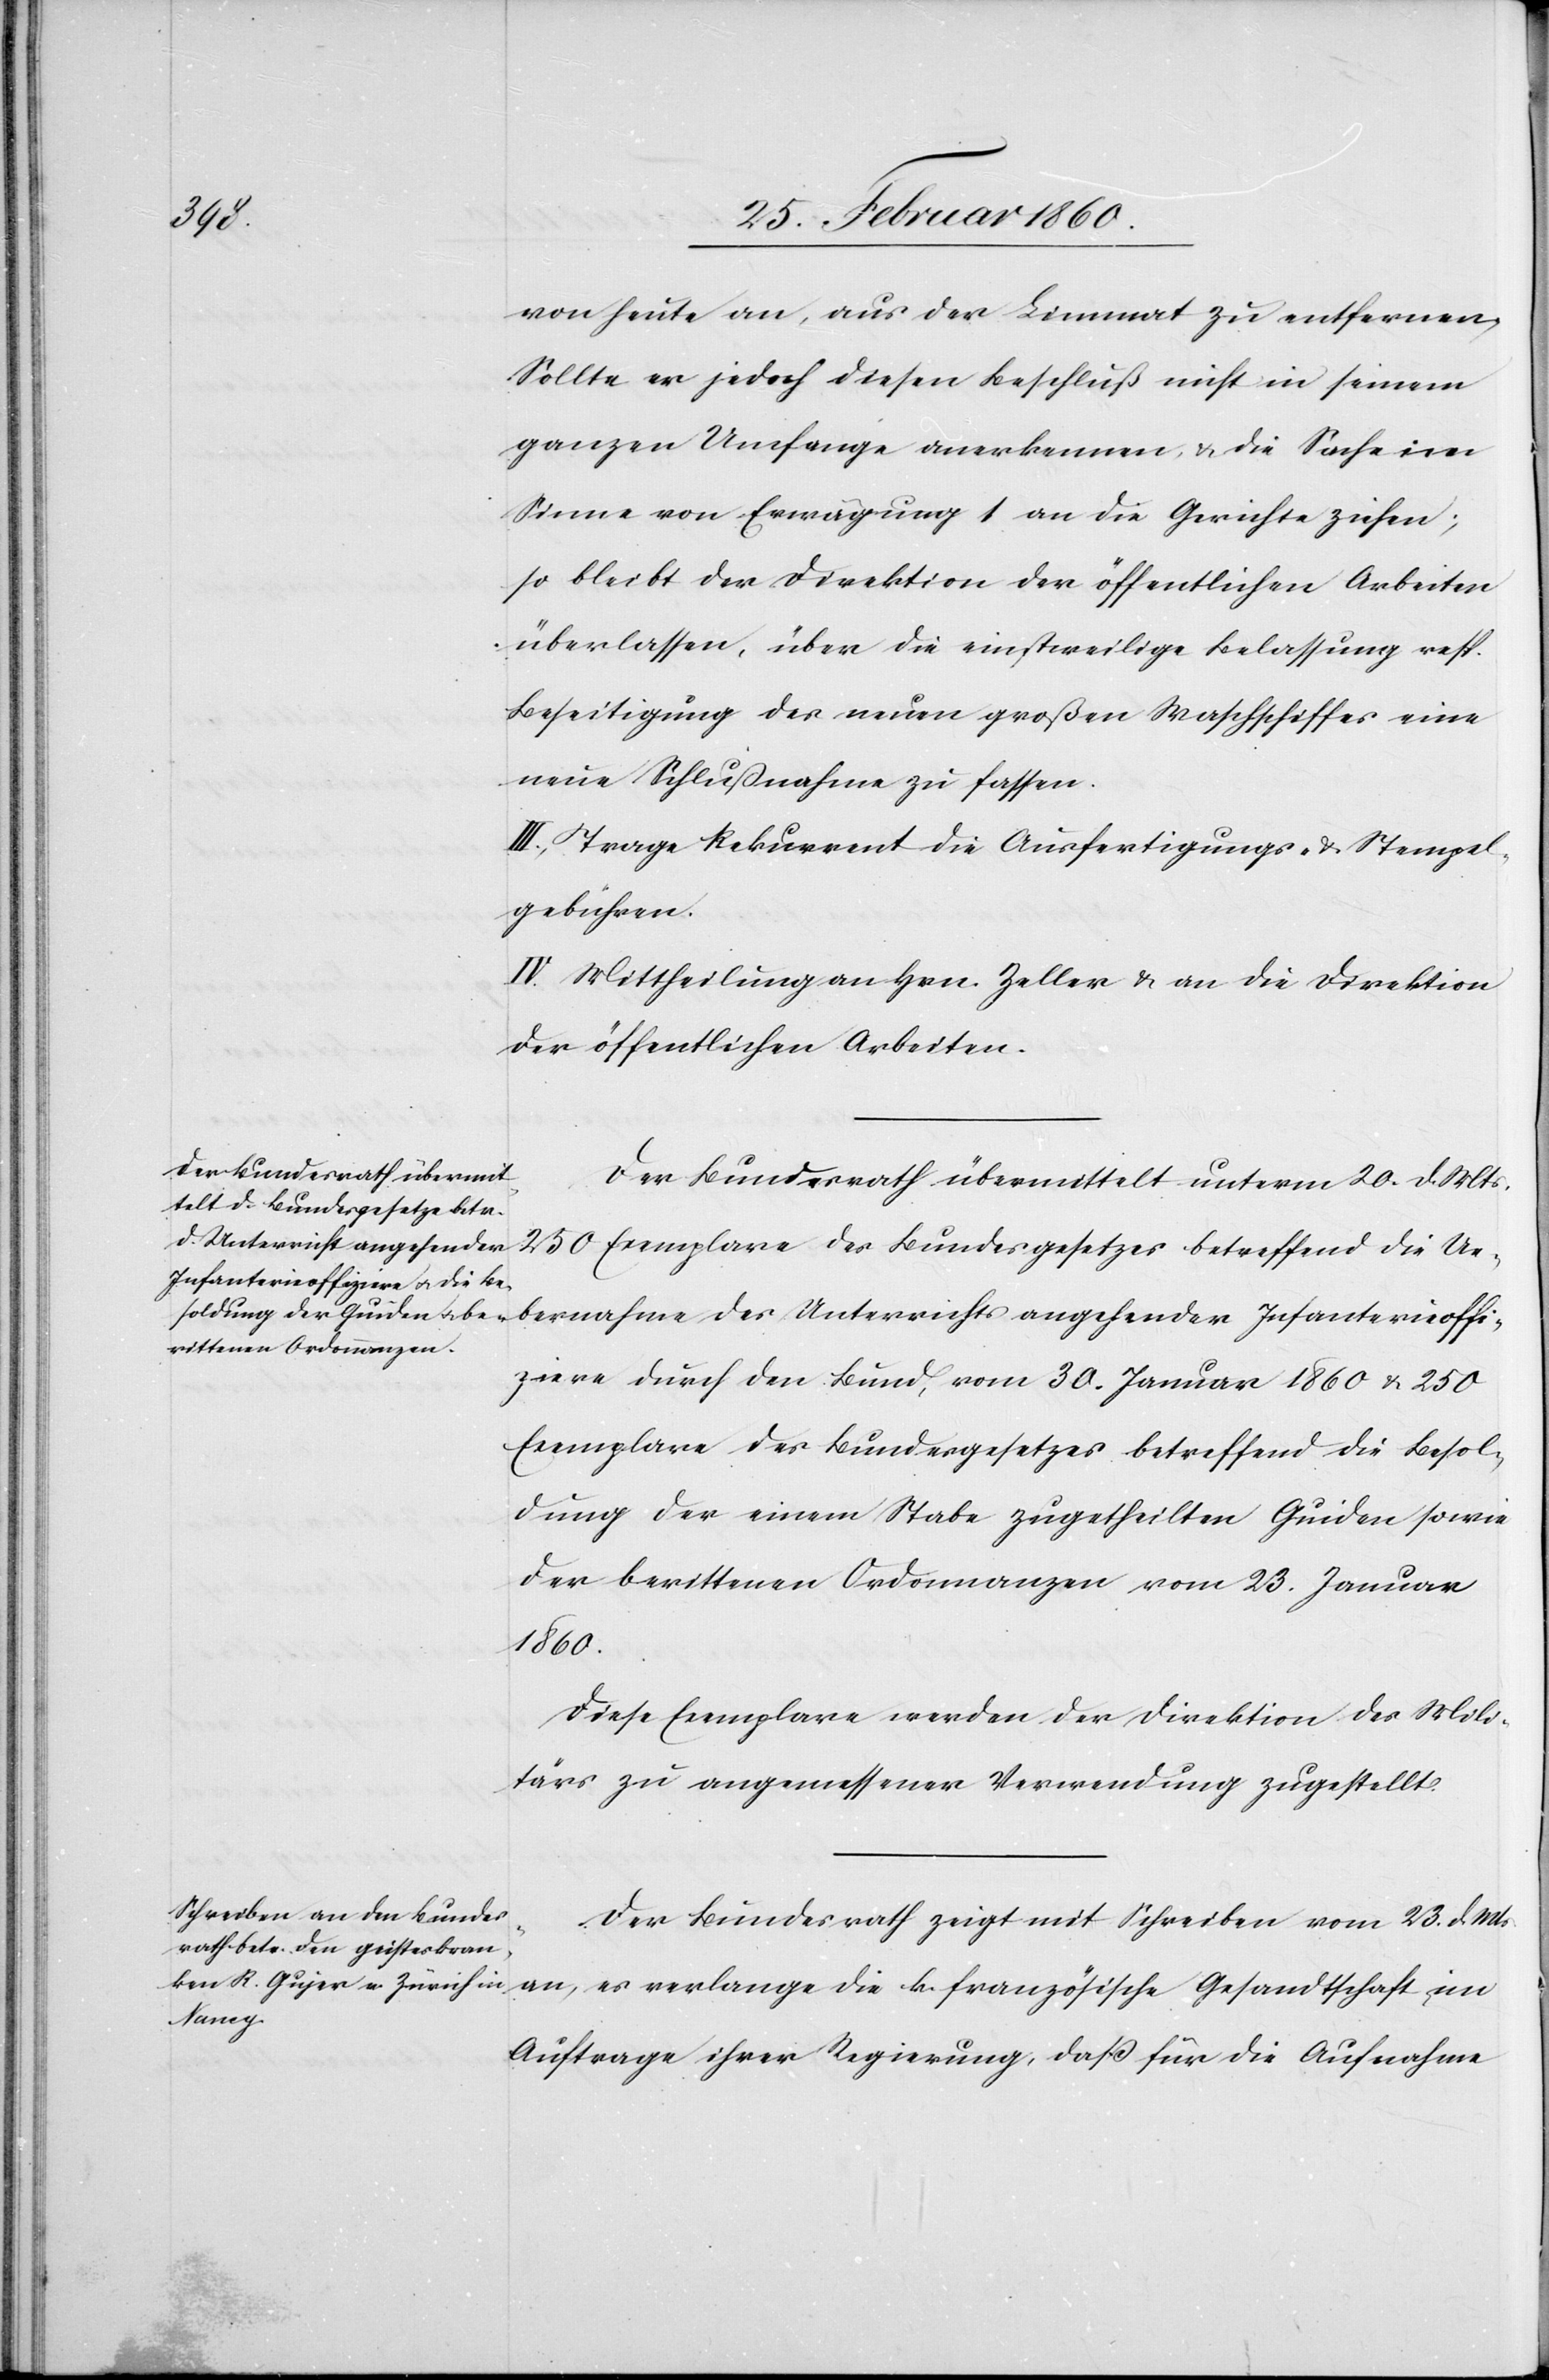
von heute an, aus der Limmat zu entfernen;
Sollte er jedoch diesen Beschluß nicht in seinem
ganzen Umfange anerkennen, u. die Sache im
Sinne von Erwägung 1 an die Gerichte ziehen,
so bleibt der Direktion der öffentlichen Arbeiten
überlassen, über die einstweilige Belassung resp.
Beseitigung der neuen großen Waschschiffes eine
neue Schlussnahme zu fassen.
III. Trage Rekurrent die Ausfertigungs- u. Stempel¬
gebühren.
IV. Mittheilung an Hrn. Zeller u. an die Direktion
der öffentlichen Arbeiten.
Der Bundesrath übermittelt unterm 20. d. Mts.
250 Exemplare des Bundesgesetzes betreffend die Ue¬
bernahme des Unterrichts angehender Infanterieoffi¬
ziere durch den Bund, vom 30. Januar 1860 u. 250
Exemplare des Bundesgesetzes betreffend die Besol¬
dung der einem Stabe zugethilten [sic!] Guiden sowie
der berittenen Ordonnanzen vom 23. Januar
1860.
Diese Exemplare werden der Direktion des Mili¬
tärs zu angemessener Verwendung zugestellt.
Der Bundesrath zeigt mit Schreiben vom 23. d. Mts.
an, es verlange die k. französische Gesandtschaft im
Auftrage ihrer Regierung, dass für die Aufnahme